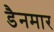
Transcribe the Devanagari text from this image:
डैनमार